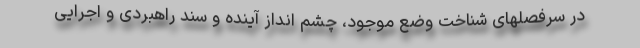
در سرفصلهای شناخت وضع موجود، چشم انداز آینده و سند راهبردی و اجرایی